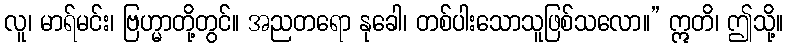
လူ၊ မာရ်မင်း၊ ဗြဟ္မာတို့တွင်။ အညတရော နုခေါ၊ တစ်ပါးသောသူဖြစ်သလော။” ဣတိ၊ ဤသို့။